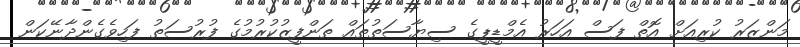
މަންޒަރު ކުރިއަށް އޮތް ފަސް އަހަރު އެމްޑީޕީގެ ސިޔާސަތުތައް ތަންފީޒުކުރުމުގެ ފުރުސަތު ފަހިވެގެންދާނޭކަން